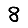
Digit: 8